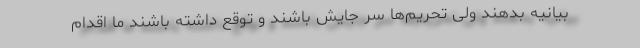
بیانیه بدهند ولی تحریم‌ها سر جایش باشند و توقع داشته باشند ما اقدام